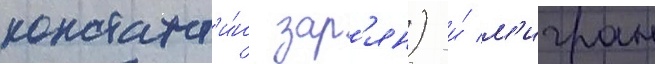
констант'и́н зар'ян) и́ м'игран